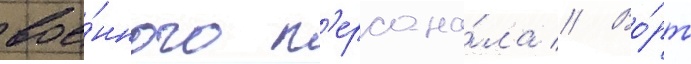
вое́нного п'ерсона́ла // Во́рт